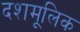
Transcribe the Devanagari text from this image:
दशमूलिक